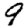
Digit: 9